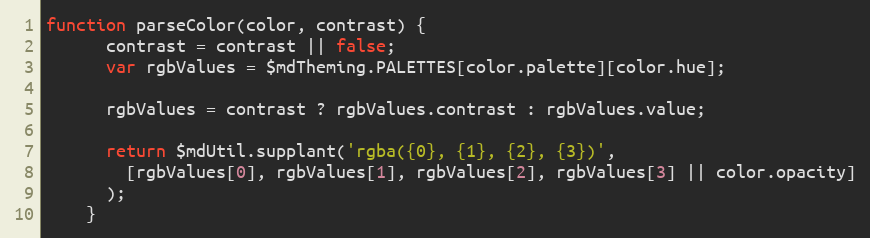
Language: JavaScript
function parseColor(color, contrast) {
      contrast = contrast || false;
      var rgbValues = $mdTheming.PALETTES[color.palette][color.hue];

      rgbValues = contrast ? rgbValues.contrast : rgbValues.value;

      return $mdUtil.supplant('rgba({0}, {1}, {2}, {3})',
        [rgbValues[0], rgbValues[1], rgbValues[2], rgbValues[3] || color.opacity]
      );
    }